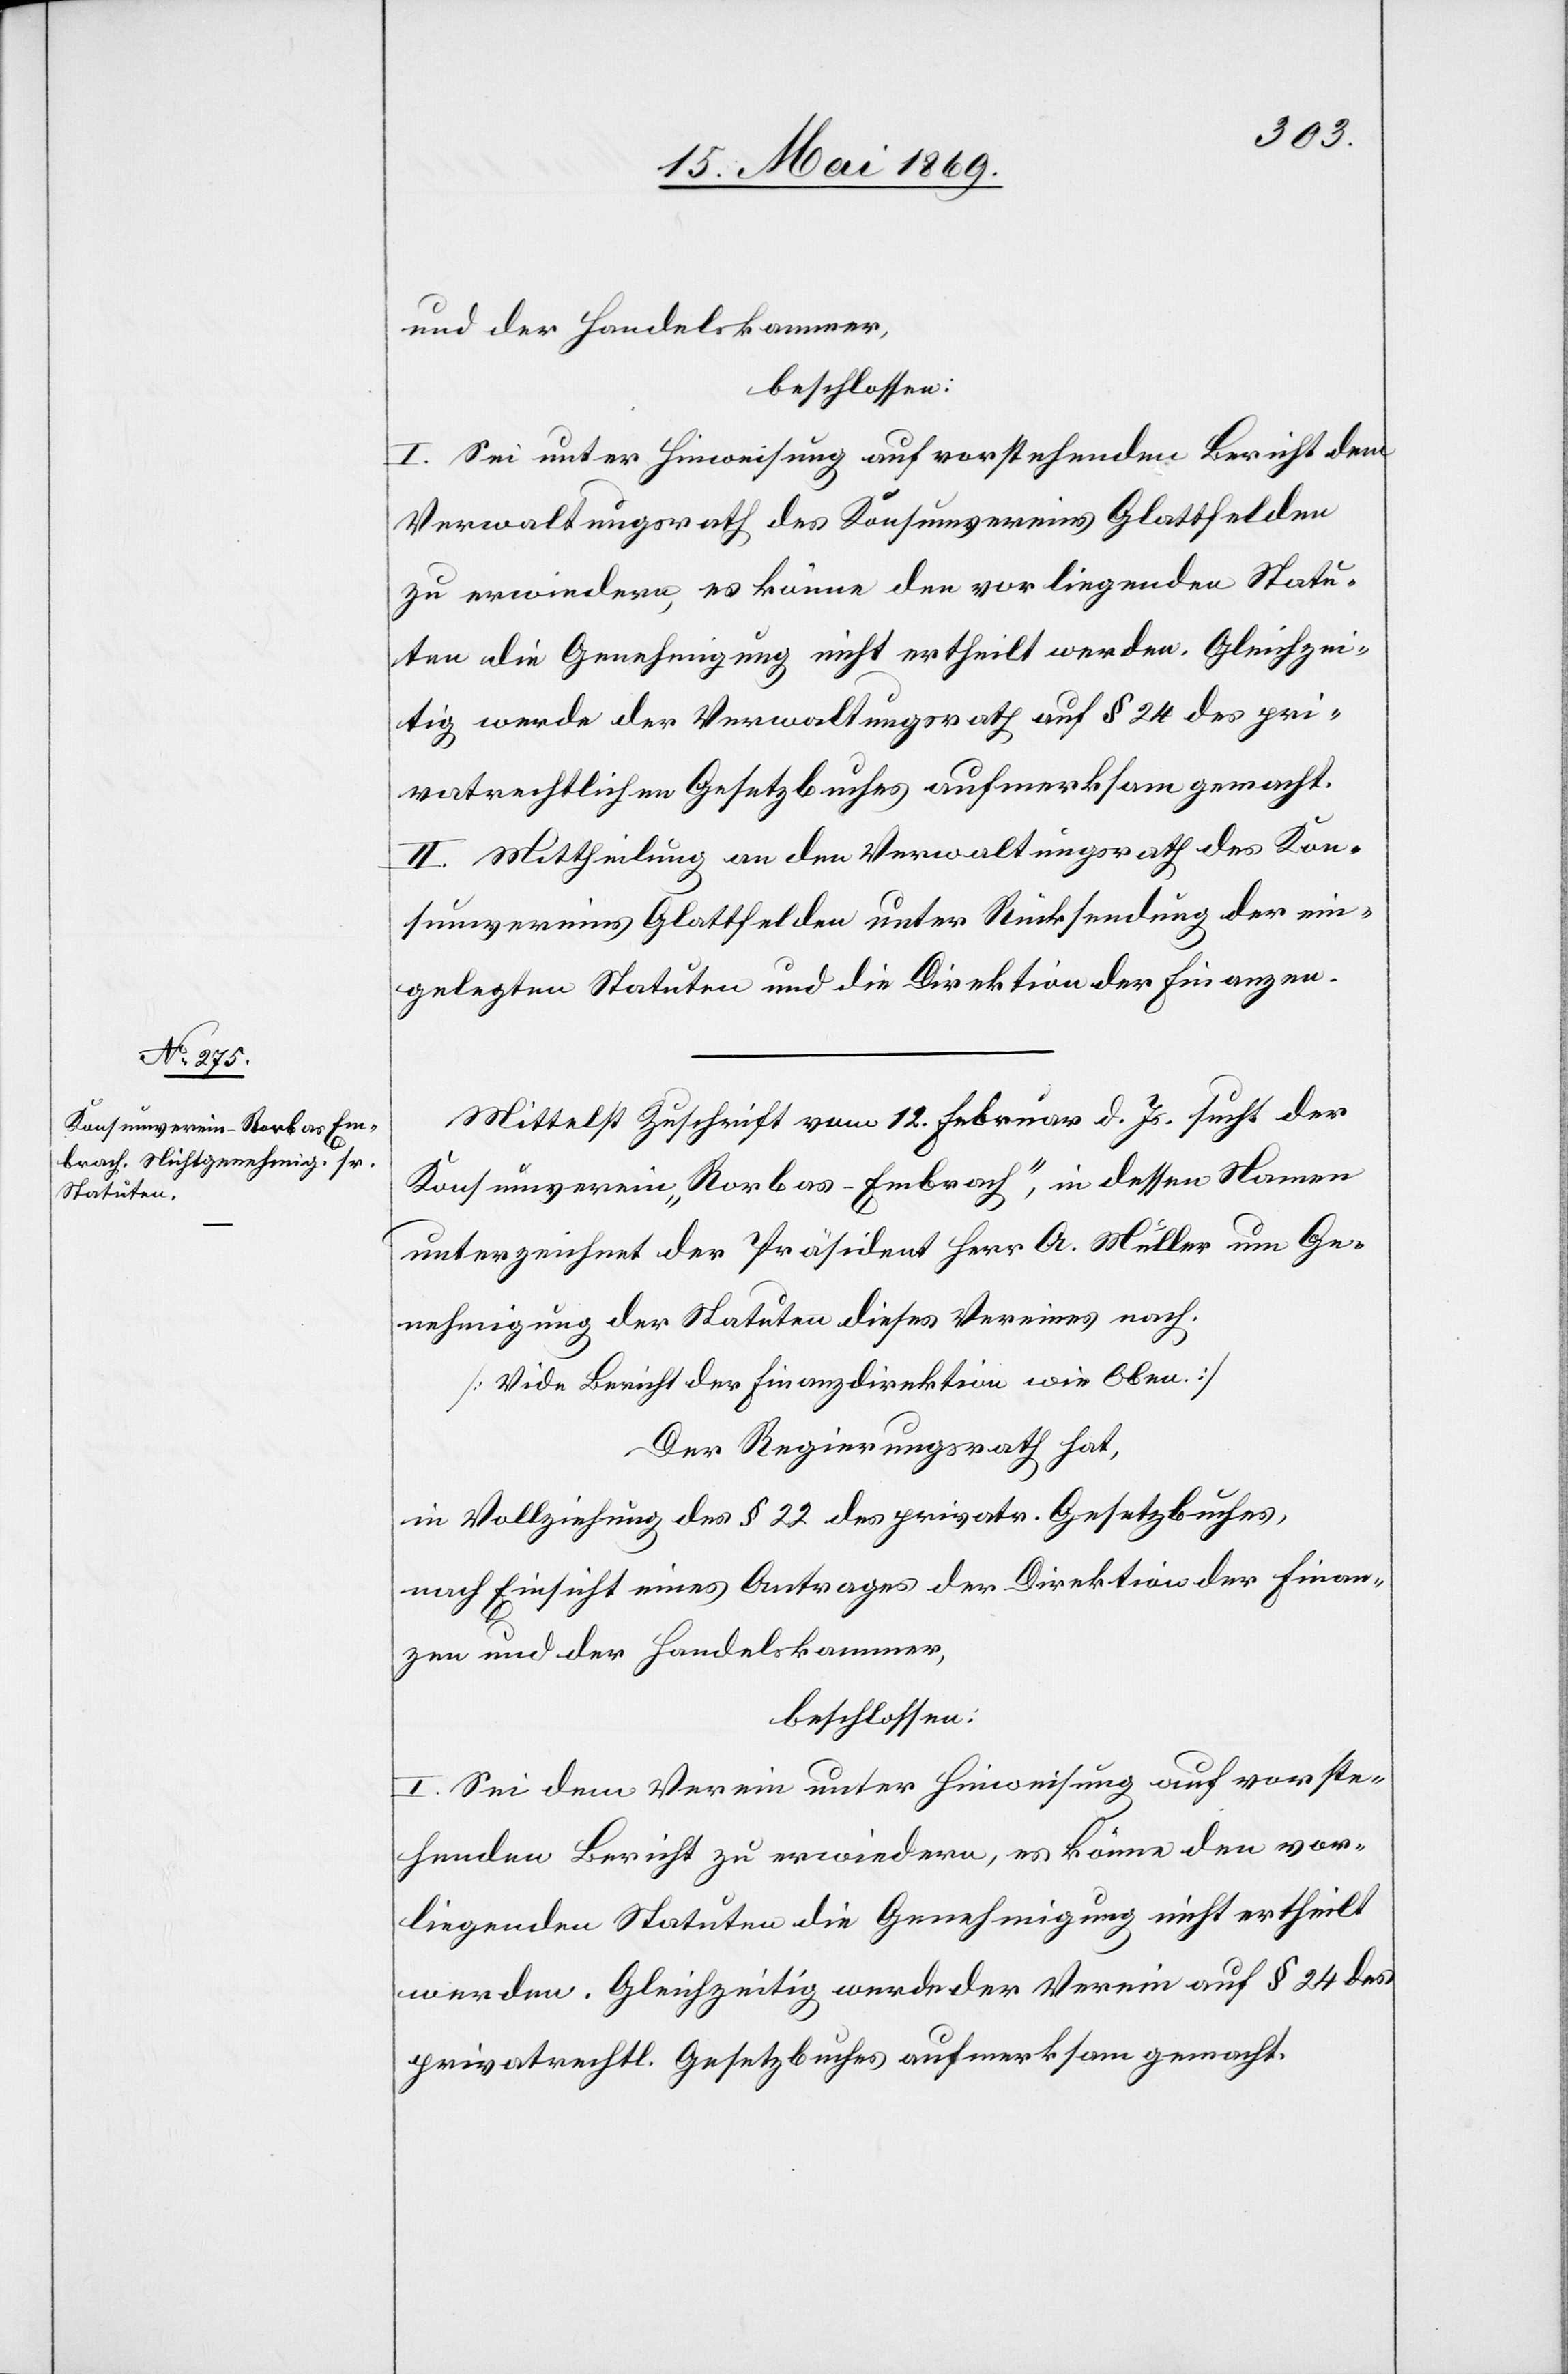
und der Handelskammer,
beschlossen:
I. Sei unter Hinweisung auf vorstehenden Bericht dem
Verwaltungsrath des Konsumvereins Glattfelden
zu erwiedern, es könne den vorliegenden Statu¬
ten die Genehmigung nicht ertheilt werden. Gleichzei¬
tig werde der Verwaltungsrath auf § 24 des pri¬
vatrechtlichen Gesetzbuches aufmerksam gemacht.
II. Mittheilung an den Verwaltungsrath des Kon¬
sumvereins Glattfelden unter Rücksendung der ein¬
gelegten Statuten und die Direktion der Finanzen.
Mittelst Zuschrift vom 12. Februar d. Js. sucht der
Konsumverein „Rorbas-Embrach“, in dessen Namen
unterzeichnet der Präsident Herr A. Müller um Ge¬
nehmigung der Statuten dieses Vereines nach.
[Vide Bericht der Finanzdirektion wie Oben]
Der Regierungsrath hat,
in Vollziehung des § 22 des privatr. Gesetzbuches,
nach Einsicht eines Antrages der Direktion der Finan¬
zen und der Handelskammer,
beschlossen:
I. Sei dem Verein unter Hinweisung auf vorste¬
henden Bericht zu erwiedern, es könne den vor¬
liegenden Statuten die Genehmigung nicht ertheilt
werden. Gleichzeitig werde der Verein auf § 24 des
privatrechtl. Gesetzbuches aufmerksam gemacht.